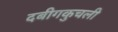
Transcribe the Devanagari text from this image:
दबीगकुचली